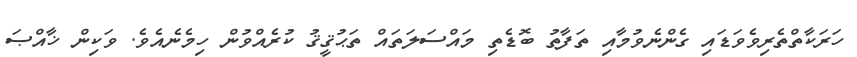
ހަރަކާތްތެރިވެވަޑައި ގެންނެވުމާއި ތަފާތު ބޮޑެތި މައްސަލަތައް ތަޙުޤީޤު ކުރެއްވުން ހިމެނެއެވެ. ވަކިން ޚާއްޞަ